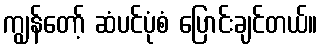
ကျွန်တော့် ဆံပင်ပုံစံ ပြောင်းချင်တယ်။